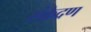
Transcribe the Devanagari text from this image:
संक्रेद्रण